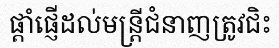
ផ្តាំផ្ញើដល់មន្ត្រីជំនាញត្រូវជិះ